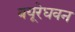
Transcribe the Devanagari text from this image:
बयूरेघवन